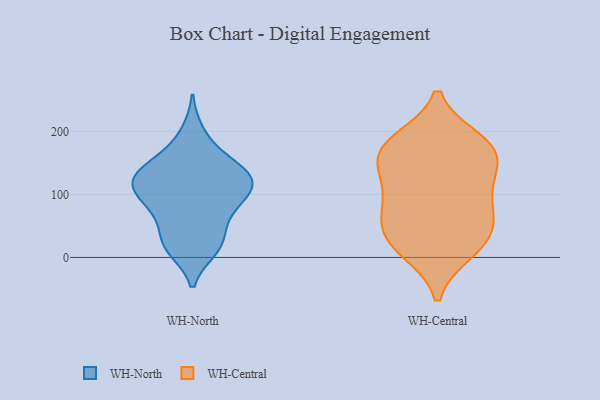
{"axis": {"x": "Headcount", "y": "Value"}, "legend": ["WH-Central", "WH-North"], "data": [{"x": "", "y": 200, "type": "WH-North"}, {"x": "", "y": 97, "type": "WH-North"}, {"x": "", "y": 54, "type": "WH-North"}, {"x": "", "y": 158, "type": "WH-North"}, {"x": "", "y": 126, "type": "WH-North"}, {"x": "", "y": 12, "type": "WH-North"}, {"x": "", "y": 122, "type": "WH-North"}, {"x": "", "y": 125, "type": "WH-North"}, {"x": "", "y": 80, "type": "WH-North"}, {"x": "", "y": 141, "type": "WH-North"}, {"x": "", "y": 35, "type": "WH-North"}, {"x": "", "y": 12, "type": "WH-North"}, {"x": "", "y": 127, "type": "WH-North"}, {"x": "", "y": 111, "type": "WH-North"}, {"x": "", "y": 90, "type": "WH-North"}, {"x": "", "y": 21, "type": "WH-North"}, {"x": "", "y": 162, "type": "WH-North"}, {"x": "", "y": 77, "type": "WH-North"}, {"x": "", "y": 119, "type": "WH-North"}, {"x": "", "y": 28, "type": "WH-Central"}, {"x": "", "y": 55, "type": "WH-Central"}, {"x": "", "y": 106, "type": "WH-Central"}, {"x": "", "y": 76, "type": "WH-Central"}, {"x": "", "y": 100, "type": "WH-Central"}, {"x": "", "y": 18, "type": "WH-Central"}, {"x": "", "y": 154, "type": "WH-Central"}, {"x": "", "y": 11, "type": "WH-Central"}, {"x": "", "y": 173, "type": "WH-Central"}, {"x": "", "y": 184, "type": "WH-Central"}, {"x": "", "y": 169, "type": "WH-Central"}, {"x": "", "y": 177, "type": "WH-Central"}, {"x": "", "y": 137, "type": "WH-Central"}, {"x": "", "y": 50, "type": "WH-Central"}]}